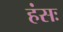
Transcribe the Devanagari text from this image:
हंसः